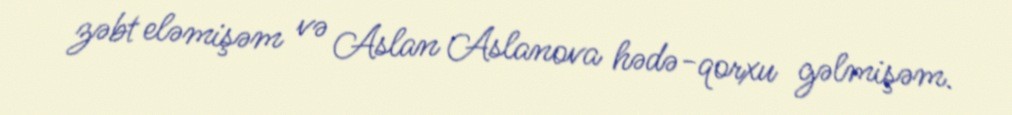
zəbt eləmişəm və Aslan Aslanova hədə-qorxu gəlmişəm.